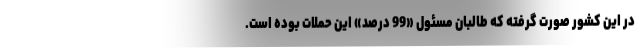
در این کشور صورت گرفته که طالبان مسئول «99 درصد» این حملات بوده است.